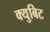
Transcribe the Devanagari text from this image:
क्युबिट